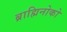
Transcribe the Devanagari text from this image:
ब्राह्मिनोको